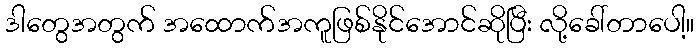
ဒါတွေအတွက် အထောက်အကူဖြစ်နိုင်အောင်ဆိုပြီး လို့ခေါ်တာပေါ့။